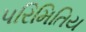
પરિમિતિય